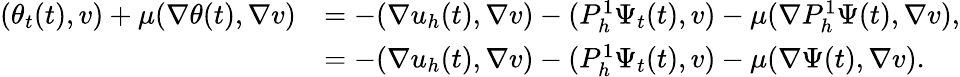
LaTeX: \begin{array}{rl}{(\theta_{t}(t),v)+\mu(\nabla\theta(t),\nabla v)}&{=-(\nabla u_{h}(t),\nabla v)-(P_{h}^{1}\Psi_{t}(t),v)-\mu(\nabla P_{h}^{1}\Psi(t),\nabla v),}\\ &{=-(\nabla u_{h}(t),\nabla v)-(P_{h}^{1}\Psi_{t}(t),v)-\mu(\nabla\Psi(t),\nabla v).}\end{array}